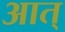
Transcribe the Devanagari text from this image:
आत्